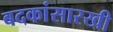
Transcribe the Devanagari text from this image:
बदकांसारखी